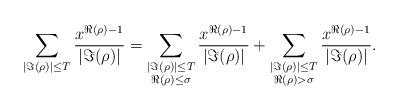
LaTeX: \begin{align*} \sum_{|\Im(\rho)|\leq T}\frac{x^{\Re(\rho)-1}}{|\Im(\rho)|}=\sum_{\substack{|\Im(\rho)|\leq T \\\Re(\rho)\leq\sigma}}\frac{x^{\Re(\rho)-1}}{|\Im(\rho)|}+\sum_{\substack{|\Im(\rho)|\leq T \\ \Re(\rho)>\sigma}}\frac{x^{\Re(\rho)-1}}{|\Im(\rho)|}.\end{align*}